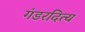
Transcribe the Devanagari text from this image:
गंडरदित्य